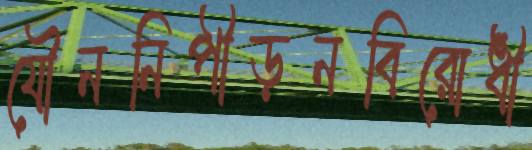
যৌননিপীড়নবিরোধী